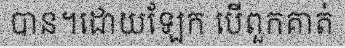
បាន។ដោយឡែក បើពួកគាត់